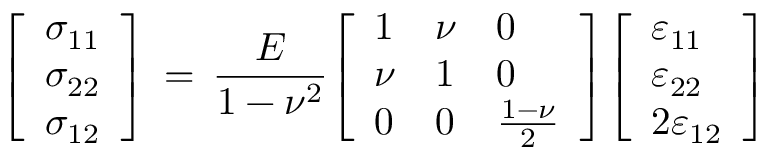
{ \left[ \begin{array} { l } { \sigma _ { 1 1 } } \\ { \sigma _ { 2 2 } } \\ { \sigma _ { 1 2 } } \end{array} \right] } \, = \, { \frac { E } { 1 - \nu ^ { 2 } } } { \left[ \begin{array} { l l l } { 1 } & { \nu } & { 0 } \\ { \nu } & { 1 } & { 0 } \\ { 0 } & { 0 } & { { \frac { 1 - \nu } { 2 } } } \end{array} \right] } { \left[ \begin{array} { l } { \varepsilon _ { 1 1 } } \\ { \varepsilon _ { 2 2 } } \\ { 2 \varepsilon _ { 1 2 } } \end{array} \right] }